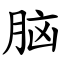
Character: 脑